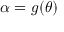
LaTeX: \alpha = g ( \theta )